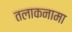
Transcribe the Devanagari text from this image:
तलाकनामा